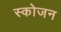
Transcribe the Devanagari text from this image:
स्कोजन